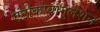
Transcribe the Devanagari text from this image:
एंटीकोवागुलेशन